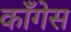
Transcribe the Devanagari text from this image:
काँगेस